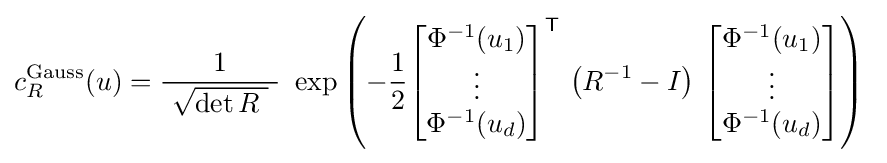
c_{R}^{\text{Gauss}}(u)={\frac {1}{\ {\sqrt {\det {R}\ }}\ }}\ \exp \left(-{\frac {1}{2}}{\begin{bmatrix}\Phi ^{-1}(u_{1})\\\vdots \\\Phi ^{-1}(u_{d})\end{bmatrix}}^{\mathsf {T}}\,\left(R^{-1}-I\right)\,{\begin{bmatrix}\Phi ^{-1}(u_{1})\\\vdots \\\Phi ^{-1}(u_{d})\end{bmatrix}}\right)\